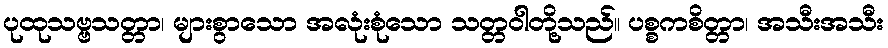
ပုထုသဗ္ဗသတ္တာ၊ များစွာသော အလုံးစုံသော သတ္တဝါတို့သည်။ ပစ္စကစိတ္တာ၊ အသီးအသီး